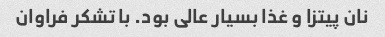
نان پیتزا و غذا بسیار عالی بود. با تشکر فراوان